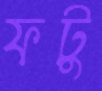
ফটু